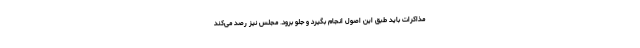
مذاکرات باید طبق این اصول انجام بگیرد و جلو برود. مجلس نیز رصد می‌کند